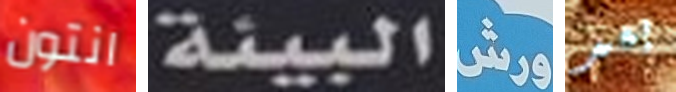
انتون البيئة ورش بعد